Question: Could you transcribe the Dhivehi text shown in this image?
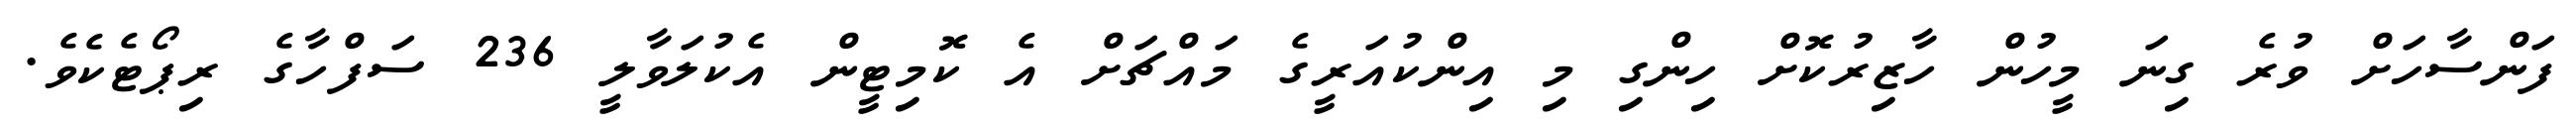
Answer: ފަންސާހަށް ވުރެ ގިނަ މީހުން ހާޒިރުކޮށް ހިންގި މި އިންކުއަރީގެ މައްޗަށް އެ ކޮމިޓީން އެކުލަވާލީ 236 ސަފްހާގެ ރިޕޯޓެކެވެ.